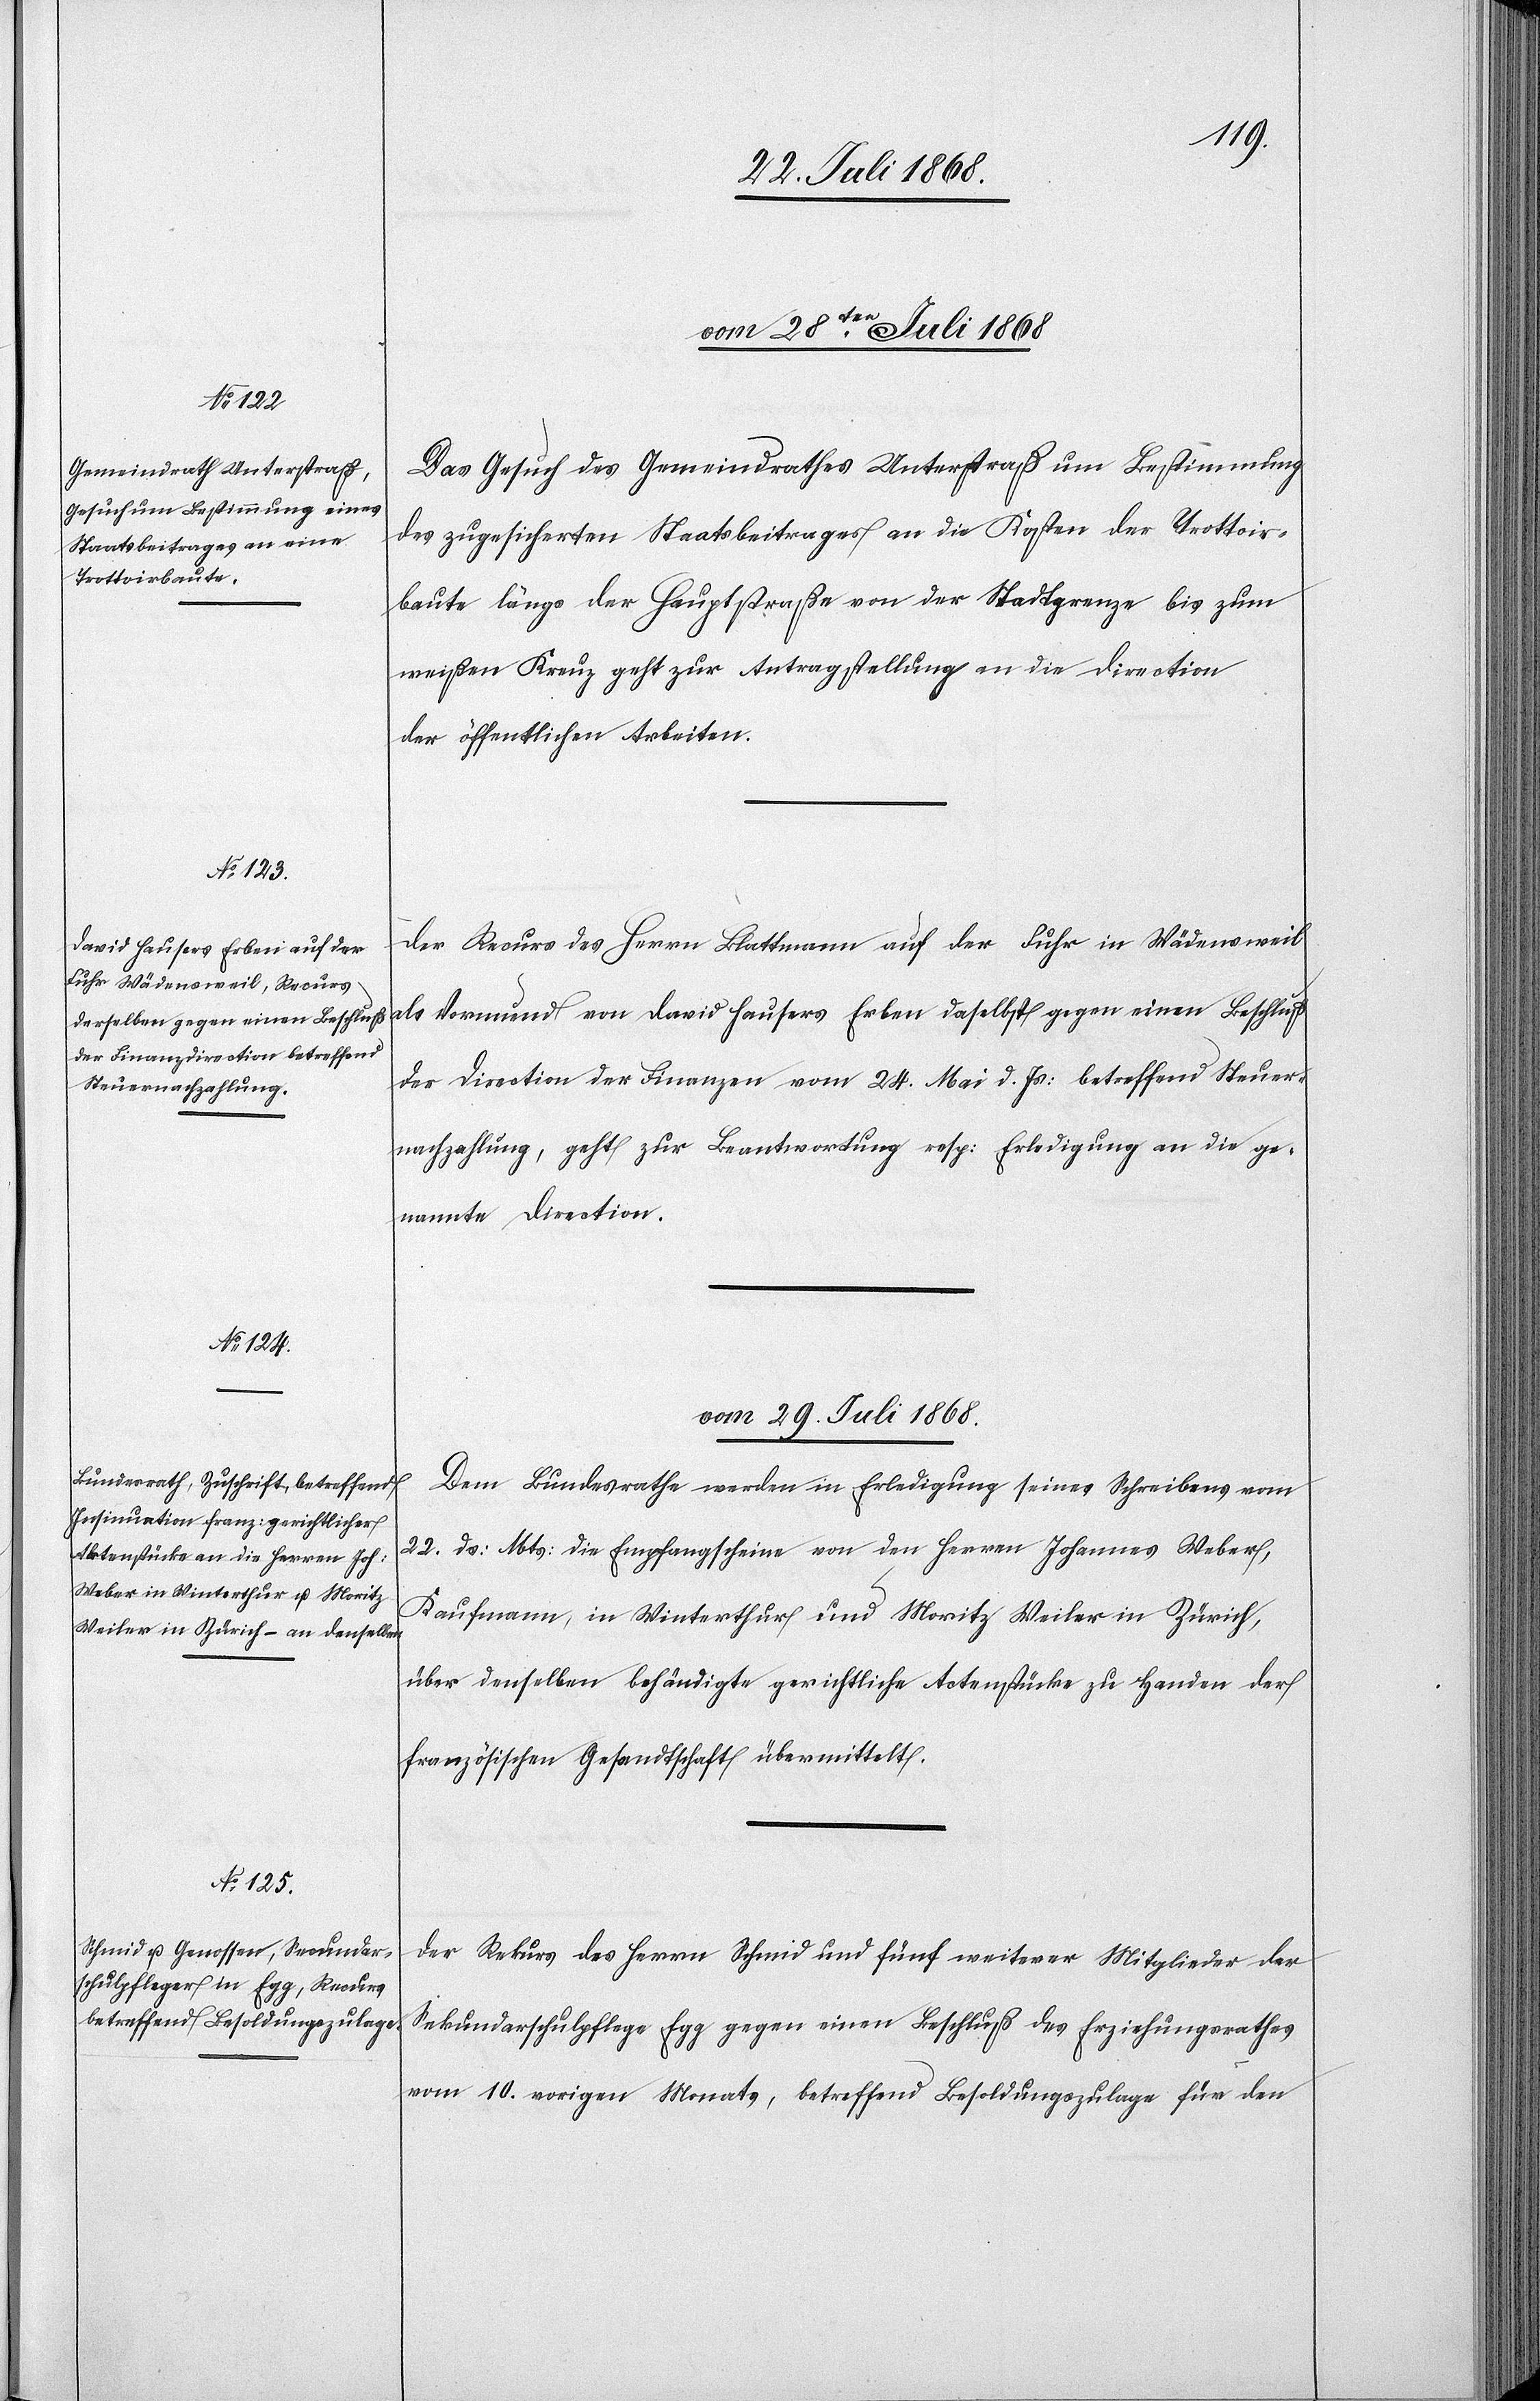
vom 28ten Juli 1868]
Das Gesuch des Gemeindrathes Unterstraß um Bestimmung
des zugesicherten Staatsbeitrages an die Kosten der Trottoir¬
baute längs der Hauptstraße von der Stadtgrenze bis zum
weißen Kreuz geht zur Antragstellung an die Direction
der öffentlichen Arbeiten.
Der Recurs des Herrn Blattmann auf der Fuhr in Wädensweil
als Vormund von David Hausers Erben daselbst gegen einen Beschluß
der Direction der Finanzen vom 24. Mai d. Js: betreffend Steuer¬
nachzahlung, geht zur Beantwortung resp: Erledigung an die ge¬
nannte Direction.
vom 29. Juli 1868.]
Dem Bundesrathe werden in Erledigung seines Schreibens vom
22. dß: Mts: die Empfangscheine von den Herren Johannes Weber,
Kaufmann, in Winterthur und Moritz Weiler in Zürich,
über denselben behändigte gerichtliche Actenstücke zu Handen der
französischen Gesandtschaft übermittelt.
Der Rekurs des Herrn Schmid und fünf weiterer Mitglieder der
Sekundarschulpflege Egg gegen einen Beschluß des Erziehungsrathes
vom 10. vorigen Monats, betreffend Besoldungszulage für den